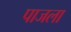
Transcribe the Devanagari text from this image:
पाजला